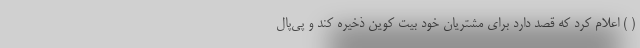
( ) اعلام کرد که قصد دارد برای مشتریان خود بیت کوین ذخیره کند و پی‌پال